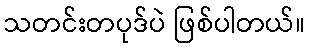
သတင်းတပုဒ်ပဲ ဖြစ်ပါတယ်။